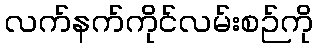
လက်နက်ကိုင်လမ်းစဉ်ကို